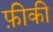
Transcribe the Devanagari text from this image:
फ़ीकी